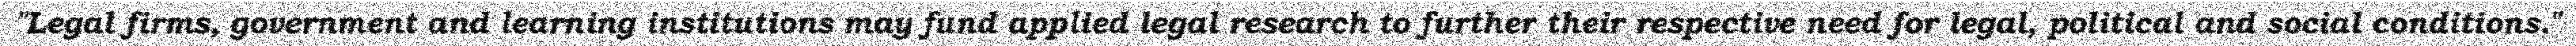
"Legal firms, government and learning institutions may fund applied legal research to further their respective need for legal, political and social conditions."